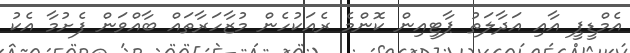
އެމްޑީޕީ އާއި އަދާލަތު ޕާޓީއިން ކޮންމެ ރެއަކުހެން މުޒާހަރާތައް ބާއްވަން ފެށުމާ އެކު